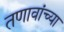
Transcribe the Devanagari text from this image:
तणावांच्या